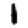
Digit: 1